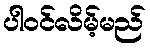
ပါဝင်လိမ့်မည်